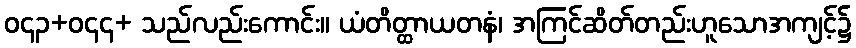
ဝ၄၃+ဝ၄၄+ သည်လည်းကောင်း။ ယံတိတ္ထာယတနံ၊ အကြင်ဆိတ်တည်းဟူသောအကျင့်၌